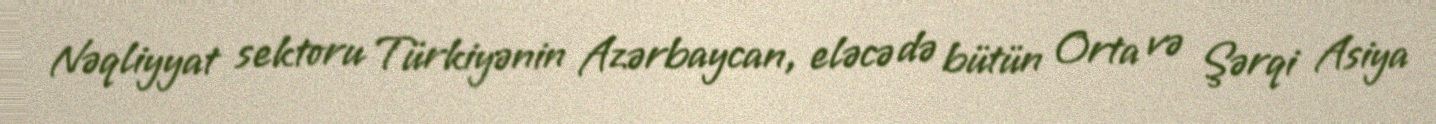
Nəqliyyat sektoru Türkiyənin Azərbaycan, eləcə də bütün Orta və Şərqi Asiya